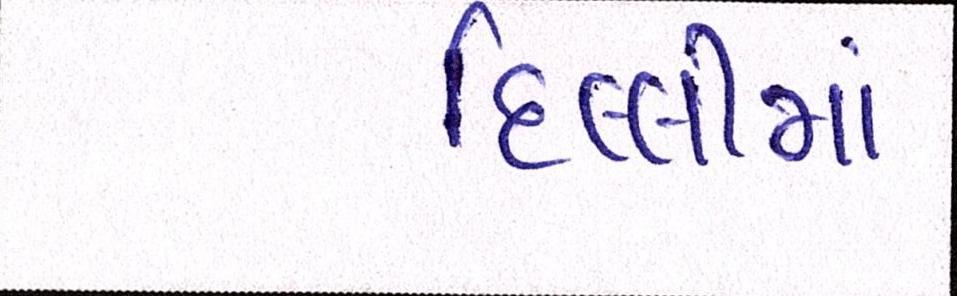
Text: દિલ્લીમાં